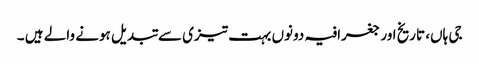
جی ہاں، تاریخ اور جغرافیہ دونوں بہت تیزی سے تبدیل ہونے والے ہیں ۔